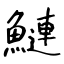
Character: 鰱